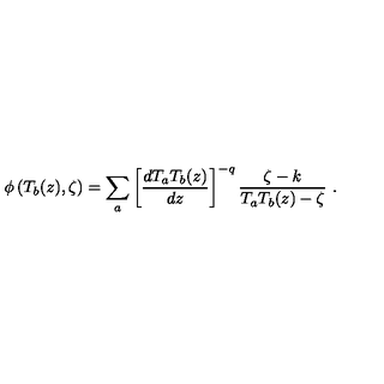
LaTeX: \phi \left( T _ { b } ( z ) , \zeta \right) = \sum _ { a } \left[ \frac { d T _ { a } T _ { b } ( z ) } { d z } \right] ^ { - q } \frac { \zeta - k } { T _ { a } T _ { b } ( z ) - \zeta } \ .